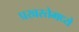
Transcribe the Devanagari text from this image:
प्रखरतेमध्ये